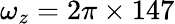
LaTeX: \omega_{z}=2\pi\times 147